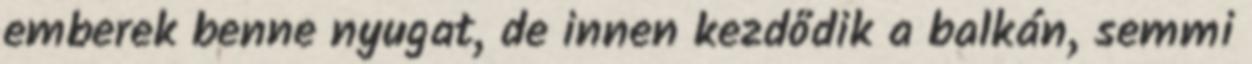
emberek benne nyugat, de innen kezdődik a balkán, semmi